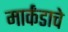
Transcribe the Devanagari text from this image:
मार्कंडाचे